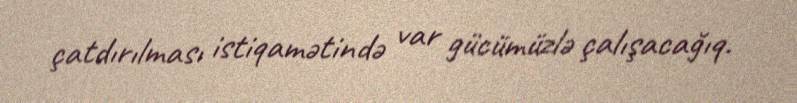
çatdırılması istiqamətində var gücümüzlə çalışacağıq.